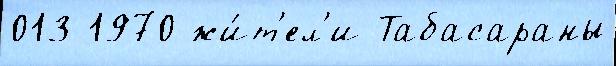
013 1970 жи́т'ел'и Табасараны